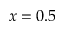
x = 0 . 5